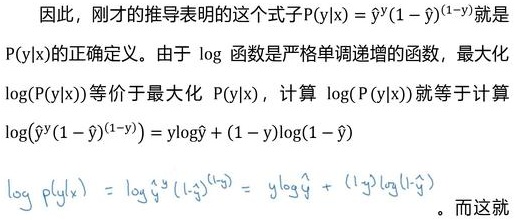
因此，刚才的推导表明的这个式子$P(y|x) = \hat{y}^y (1 - \hat{y})^{(1 - y)}$就是$P(y|x)$的正确定义。由于$\log$函数是严格单调递增的函数，最大化$\log(P(y|x))$等价于最大化$P(y|x)$，计算$\log(P(y|x))$就等于计算$\log(\hat{y}^y (1 - \hat{y})^{(1 - y)}) = y\log\hat{y} + (1 - y)\log(1 - \hat{y})$。而这就
\[
\log p(y|x) = \log \hat{y}^y (1 - \hat{y})^{(1 - y)} = y\log \hat{y} + (1 - y)\log(1 - \hat{y})
\]
。